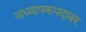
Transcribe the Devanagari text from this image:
अध्यापकपदावर